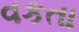
વકતા